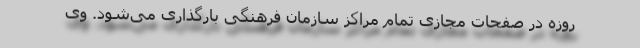
روزه در صفحات مجازی تمام مراکز سازمان فرهنگی بارگذاری می‌شود. وی